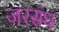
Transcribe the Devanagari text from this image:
जरसंध